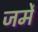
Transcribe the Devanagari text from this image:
जर्मे